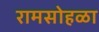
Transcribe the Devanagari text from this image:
रामसोहळा